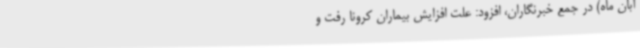
آبان ماه) در جمع خبرنگاران، افزود: علت افزایش بیماران کرونا رفت و